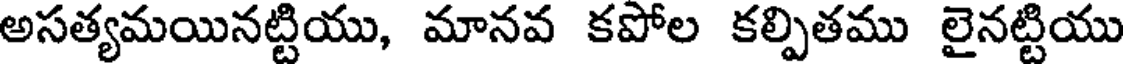
అసత్యమయినట్టియు, మానవ కపోల కల్పితము లైనట్టియు